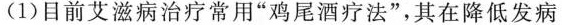
(1)目前艾滋病治疗常用”鸡尾酒疗法”，其在降低发病